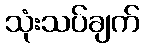
သုံးသပ်ချက်